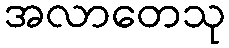
အလာတေသု